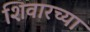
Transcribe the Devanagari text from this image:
शिवारच्या